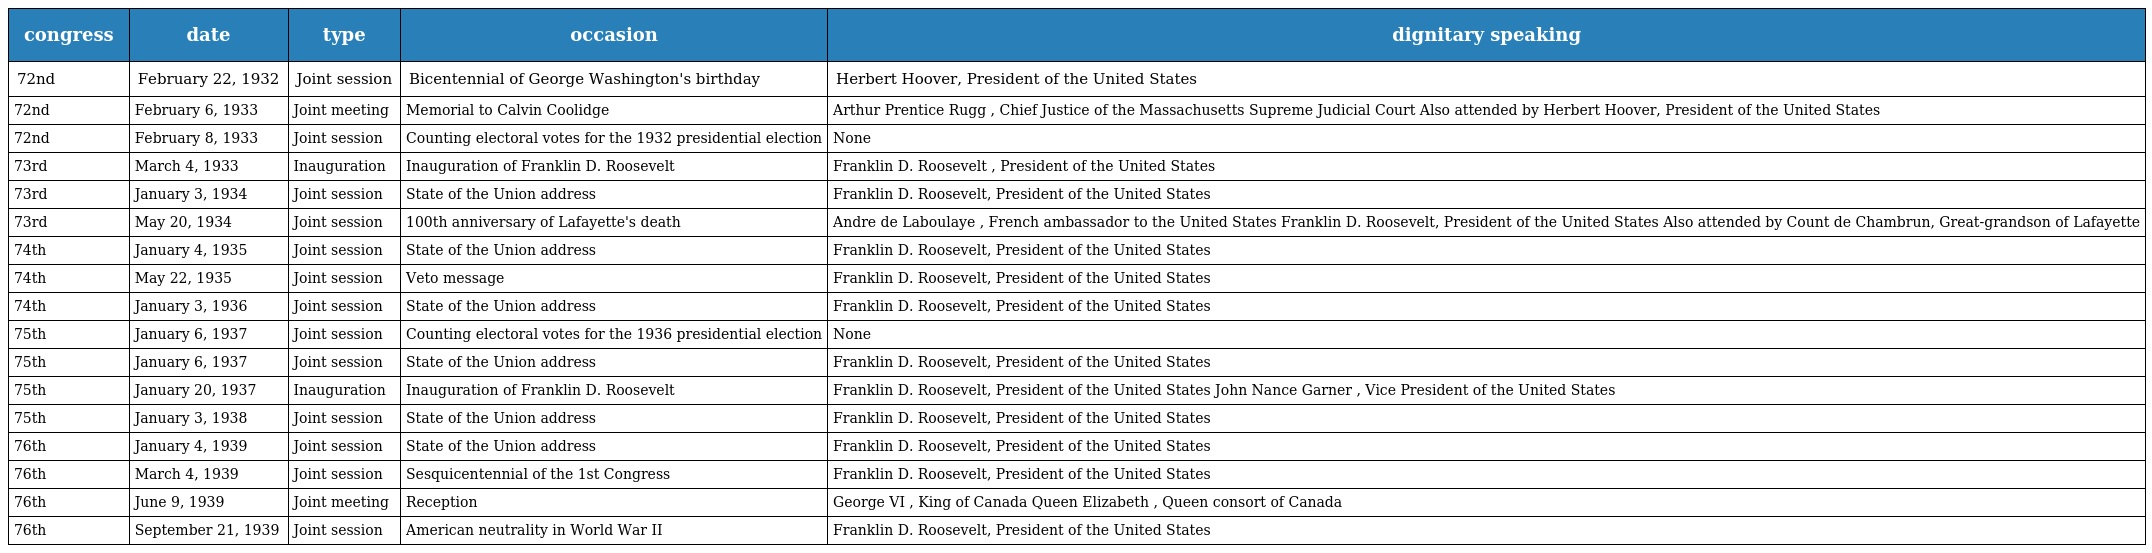
| congress | date | type | occasion | dignitary speaking |
 | --- | --- | --- | --- | --- |
 | 72nd | February 22, 1932 | Joint session | Bicentennial of George Washington's birthday | Herbert Hoover, President of the United States |
 | 72nd | February 6, 1933 | Joint meeting | Memorial to Calvin Coolidge | Arthur Prentice Rugg , Chief Justice of the Massachusetts Supreme Judicial Court Also attended by Herbert Hoover, President of the United States |
 | 72nd | February 8, 1933 | Joint session | Counting electoral votes for the 1932 presidential election | None |
 | 73rd | March 4, 1933 | Inauguration | Inauguration of Franklin D. Roosevelt | Franklin D. Roosevelt , President of the United States |
 | 73rd | January 3, 1934 | Joint session | State of the Union address | Franklin D. Roosevelt, President of the United States |
 | 73rd | May 20, 1934 | Joint session | 100th anniversary of Lafayette's death | Andre de Laboulaye , French ambassador to the United States Franklin D. Roosevelt, President of the United States Also attended by Count de Chambrun, Great-grandson of Lafayette |
 | 74th | January 4, 1935 | Joint session | State of the Union address | Franklin D. Roosevelt, President of the United States |
 | 74th | May 22, 1935 | Joint session | Veto message | Franklin D. Roosevelt, President of the United States |
 | 74th | January 3, 1936 | Joint session | State of the Union address | Franklin D. Roosevelt, President of the United States |
 | 75th | January 6, 1937 | Joint session | Counting electoral votes for the 1936 presidential election | None |
 | 75th | January 6, 1937 | Joint session | State of the Union address | Franklin D. Roosevelt, President of the United States |
 | 75th | January 20, 1937 | Inauguration | Inauguration of Franklin D. Roosevelt | Franklin D. Roosevelt, President of the United States John Nance Garner , Vice President of the United States |
 | 75th | January 3, 1938 | Joint session | State of the Union address | Franklin D. Roosevelt, President of the United States |
 | 76th | January 4, 1939 | Joint session | State of the Union address | Franklin D. Roosevelt, President of the United States |
 | 76th | March 4, 1939 | Joint session | Sesquicentennial of the 1st Congress | Franklin D. Roosevelt, President of the United States |
 | 76th | June 9, 1939 | Joint meeting | Reception | George VI , King of Canada Queen Elizabeth , Queen consort of Canada |
 | 76th | September 21, 1939 | Joint session | American neutrality in World War II | Franklin D. Roosevelt, President of the United States |